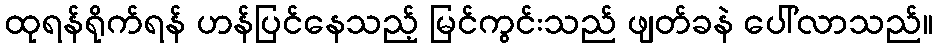
ထုရန်ရိုက်ရန် ဟန်ပြင်နေသည့် မြင်ကွင်းသည် ဖျတ်ခနဲ ပေါ်လာသည်။